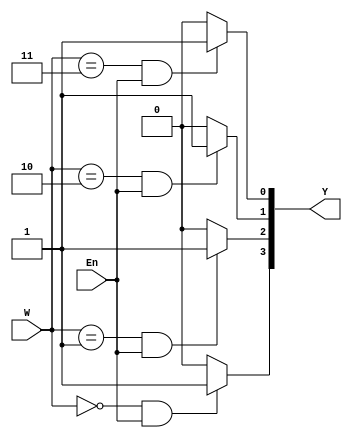
`timescale 1ns / 1ps
//////////////////////////////////////////////////////////////////////////////////
// Company: 
// Engineer: 
// 
// Design Name: 
// Module Name: dec
// Project Name: 
// Target Devices: 
// Tool Versions: 
// Description: 
// 
// Dependencies: 
// 
// Revision:
// Revision 0.01 - File Created
// Additional Comments:
// 
//////////////////////////////////////////////////////////////////////////////////


module dec(
    W,Y,En
    );
    input [1:0] W;
    input En;
    output [0:3] Y;
    reg [0:3] Y;
    integer k;
    always @(W or En) 
    begin
        for(k=0;k<=3;k=k+1)
            if((W==k)&&(En==1))
                Y[k] = 1;
            else
                Y[k] = 0;
    end
endmodule